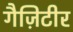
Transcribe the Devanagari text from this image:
गैज़िटीर